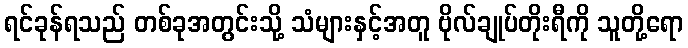
ရင်ခုန်ရသည် တစ်ခုအတွင်းသို့ သံများနှင့်အတူ ဗိုလ်ချုပ်တိုးရီကို သူတို့ရော